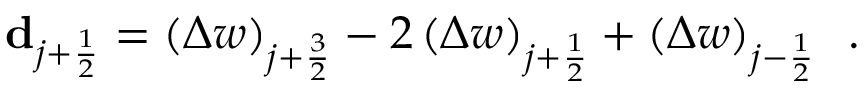
{ \mathbf { d } _ { j + \frac { 1 } { 2 } } = \left( \Delta w \right) _ { j + \frac { 3 } { 2 } } - 2 \left( \Delta w \right) _ { j + \frac { 1 } { 2 } } + \left( \Delta w \right) _ { j - \frac { 1 } { 2 } } \, \mathrm { ~ . ~ } }